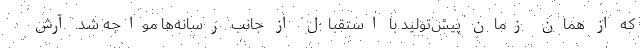
که از همان زمان پیش‌تولید با استقبال از جانب رسانه‌ها مواجه شد. آرش